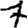
Digit: 7